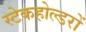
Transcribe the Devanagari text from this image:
स्टेकहोल्डरों